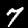
Digit: 7